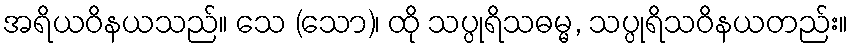
အရိယဝိနယသည်။ သေ (သော)၊ ထို သပ္ပုရိသဓမ္မ, သပ္ပုရိသဝိနယတည်း။